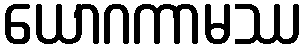
ယောဂကာမဿ